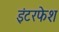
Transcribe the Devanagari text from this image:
इंटरफेश